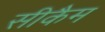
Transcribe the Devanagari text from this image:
सीकैम